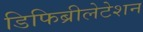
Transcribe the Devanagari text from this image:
डिफिब्रीलेटेशन